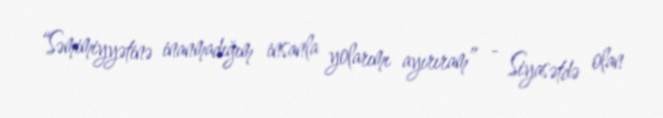
“Səmimiyyətinə inanmadığım insanla yolarımı ayırıram” - Siyasətdə olan